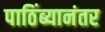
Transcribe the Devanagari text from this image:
पाठिंब्यानंतर